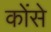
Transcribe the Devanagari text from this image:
कोंसे